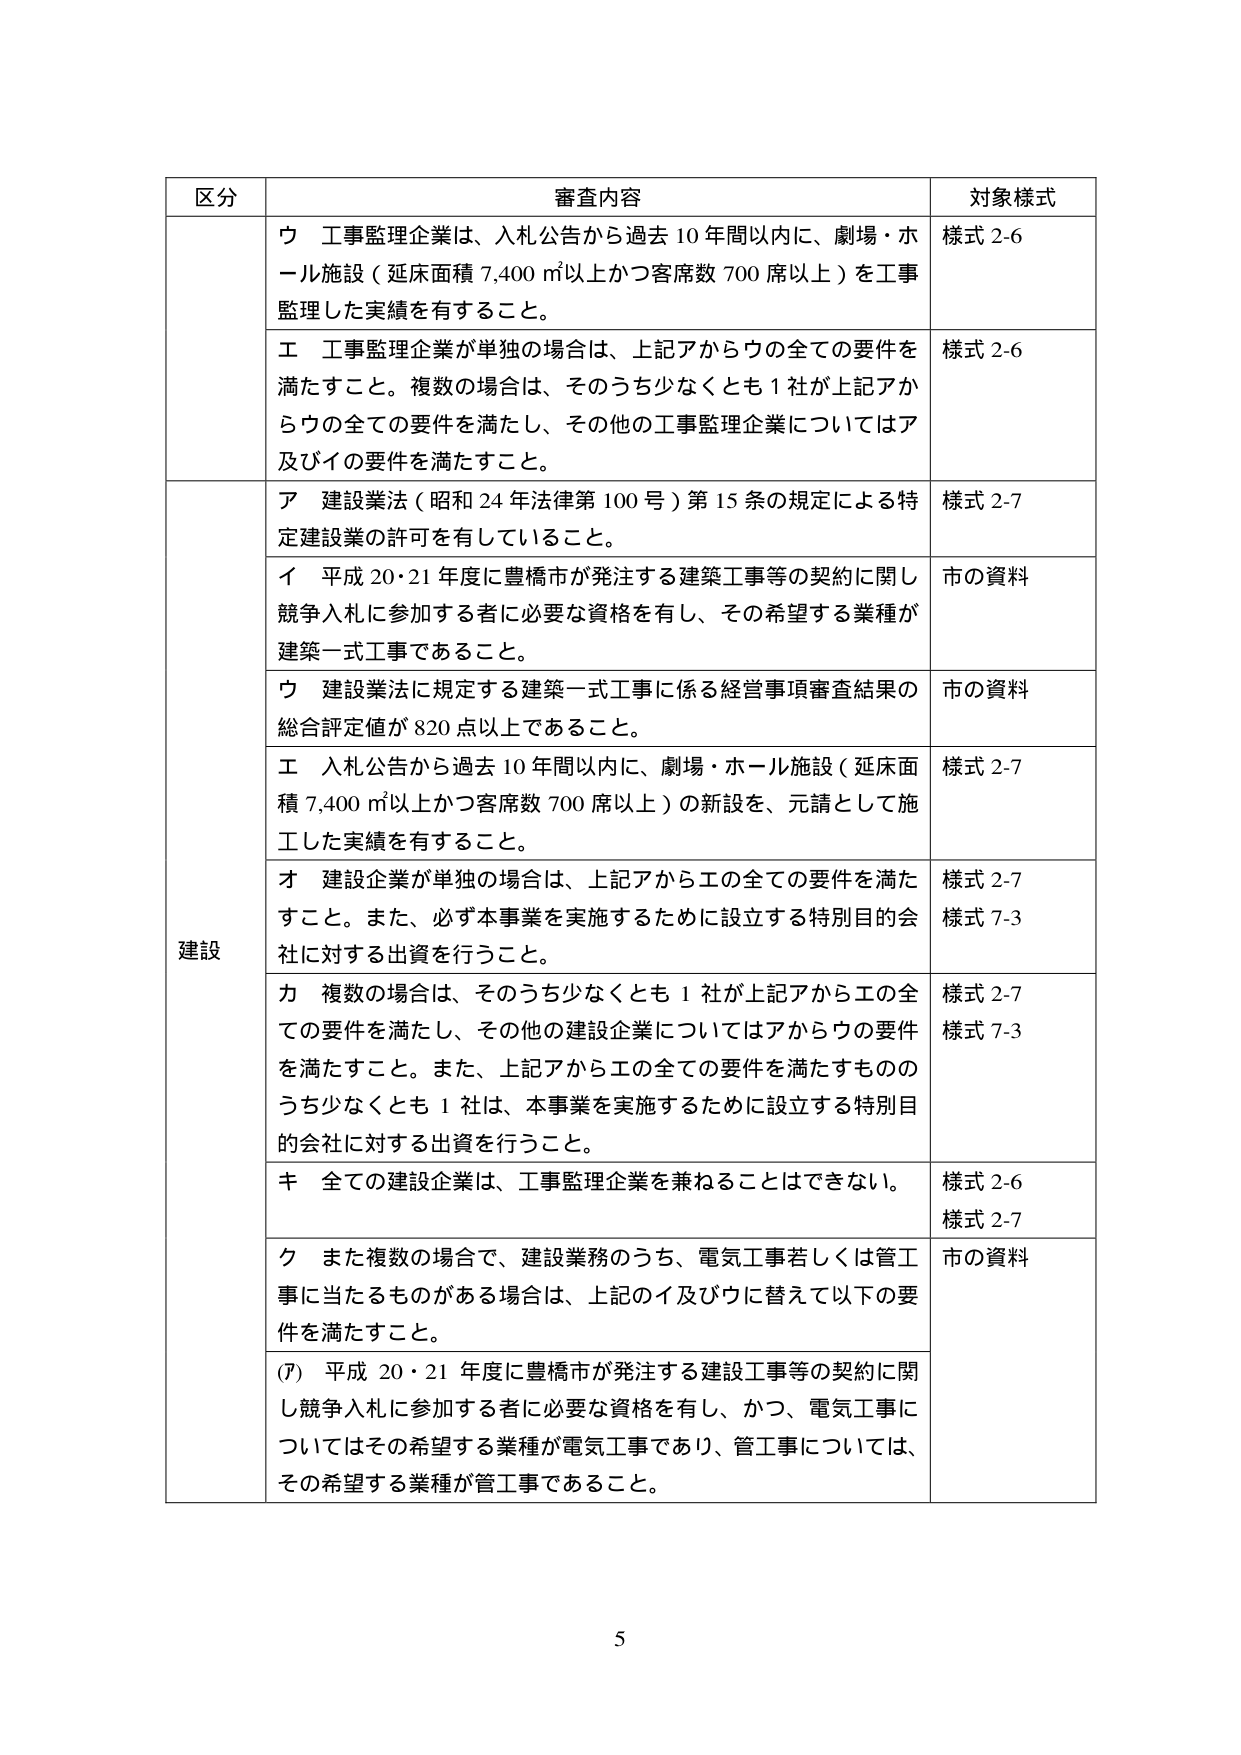
区分 審査内容 対象様式
ウ 工事監理企業は、入札公告から過去10年間以内に、劇場・ホール施設（延床面積7,400㎡以上かつ客席数700席以上）を工事監理した実績を有すること。 様式2-6
エ 工事監理企業が単独の場合は、上記アからウの全ての要件を満たすこと。複数の場合は、そのうち少なくとも1社が上記アからウの全ての要件を満たし、その他の工事監理企業についてはア及びイの要件を満たすこと。 様式2-6
建設 ア 建設業法（昭和24年法律第100号）第15条の規定による特定建設業の許可を有していること。 様式2-7
イ 平成20・21年度に豊橋市が発注する建築工事等の契約に関し競争入札に参加する者に必要な資格を有し、その希望する業種が建築一式工事であること。 市の資料
ウ 建設業法に規定する建築一式工事に係る経営事項審査結果の総合評定値が820点以上であること。 市の資料
エ 入札公告から過去10年間以内に、劇場・ホール施設（延床面積7,400㎡以上かつ客席数700席以上）の新設を、元請として施工した実績を有すること。 様式2-7
オ 建設企業が単独の場合は、上記アからエの全ての要件を満たすこと。また、必ず本事業を実施するために設立する特別目的会社に対する出資を行うこと。 様式2-7 様式7-3
カ 複数の場合は、そのうち少なくとも1社が上記アからエの全ての要件を満たし、その他の建設企業についてはアからウの要件を満たすこと。また、上記アからエの全ての要件を満たすもののうち少なくとも1社は、本事業を実施するために設立する特別目的会社に対する出資を行うこと。 様式2-7 様式7-3
キ 全ての建設企業は、工事監理企業を兼ねることはできない。 様式2-6 様式2-7
ク また複数の場合で、建設業務のうち、電気工事若しくは管工事に当たるものがある場合は、上記のイ及びウに替えて以下の要件を満たすこと。 市の資料
(ｱ) 平成20・21年度に豊橋市が発注する建設工事等の契約に関し競争入札に参加する者に必要な資格を有し、かつ、電気工事についてはその希望する業種が電気工事であり、管工事については、その希望する業種が管工事であること。
5